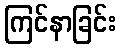
ကြင်နာခြင်း